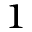
^ { 1 }